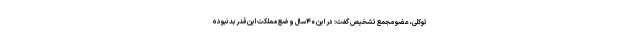
توکلی، عضو مجمع تشخیص گفت: در این ۴۰سال وضع مملکت این‌قدر بد نبوده